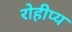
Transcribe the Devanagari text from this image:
रोहीप्य